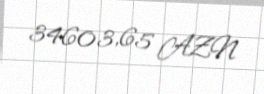
34603,65 AZN